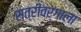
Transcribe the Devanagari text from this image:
स्त्रीवर्गाला